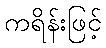
ကရိန်းဖြင့်